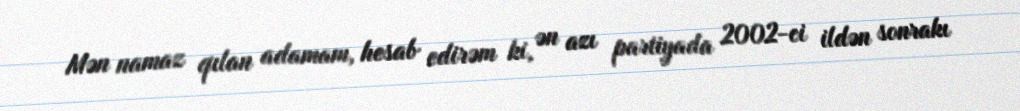
Mən namaz qılan adamam, hesab edirəm ki, ən azı partiyada 2002-ci ildən sonrakı